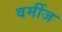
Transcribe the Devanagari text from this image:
वर्मीज